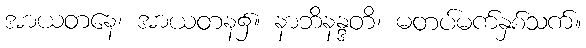
အာယတနေ၊ အာယတန၌။ နာဘိနန္ဒတိ၊ မတပ်မက်နှစ်သက်။